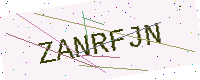
Text: ZANRFJN